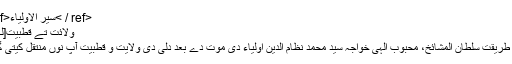
<ref>سیر الاولیاء< / ref>
ولائت تے قطبیت[لکھو]
شیخ طریقت سُلطان المشائخ، محبوبِ الٰہی خواجہ سیّد محمد نظام الدین اولیاء دی موت دے بعد دلی دی ولایت و قطبیت آپ نوں منتقل کیتی گئی ۔